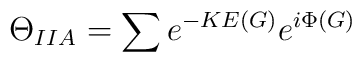
\Theta_{IIA} =  \sum  e^{-KE(G)}e^{i \Phi(G)}